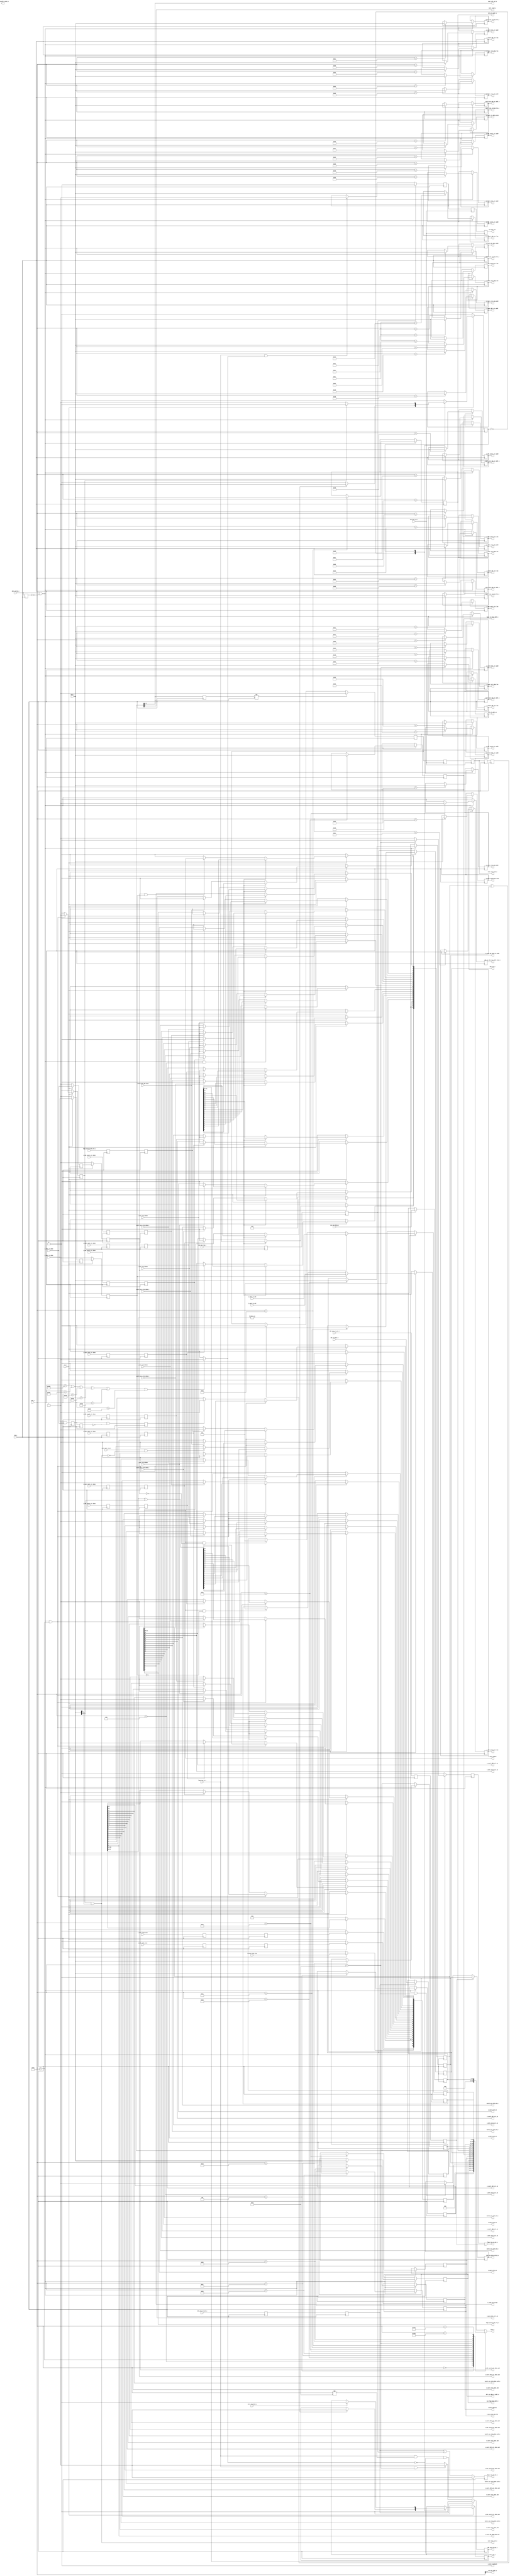
//--------------------------------------------------------------------------------
// Project    : SWITCH
// Version    : 0.1
//
// Description: Global register set
//
//--------------------------------------------------------------------------------

//Register address definition
`define VER                'h00      // Version
`define SCR                'h04      // Scratch pad
`define CTRL               'h08      // Control
//0C reserved
`define STA                'h10      // Status
`define EER_STAT           'h14      // Error Status register
`define UCTR               'h18      // User control register
//1C reserved
`define PIOA               'h20      // PIO address
`define PIOD               'h24      // PIO read/write register
`define PC_DDR_DMA_SYS     'h28      // System to DDR DMA system memory address
`define PC_DDR_DMA_FPGA    'h2C      // System to DDR DMA local DDR address
`define PC_DDR_DMA_LEN     'h30      // System to DDR DMA length (bytes)
`define DDR_PC_DMA_SYS     'h34      // DDR to system DMA system memory address
`define DDR_PC_DMA_FPGA    'h38      // DDR to system DMA local DDR address
`define DDR_PC_DMA_LEN     'h3C      // DDR to system DMA length (bytes)
`define ETH_SEND_DATA_SIZE 'h40      // Ethernet send data size(bytes)
`define ETH_RCV_DATA_SIZE  'h44      // Ethernet receive data size(bytes)
`define ETH_DDR_SRC_ADDR   'h48      // Ethernet send data DDR start address 
`define ETH_DDR_DST_ADDR   'h4C      // Ethernet receive data DDR start address
`define RECONFIG_ADDR      'h50      // Reconfiguration address
//50-5C Reserved
`define PC_USER1_DMA_SYS   'h60      // System to user stream i/f 1 DMA, system memory address
`define PC_USER1_DMA_LEN   'h64      // System to user stream i/f 1 DMA, length (bytes)
`define USER1_PC_DMA_SYS   'h68      // User stream i/f 1 to system DMA, system memory address
`define USER1_PC_DMA_LEN   'h6C      // User stream i/f 1 to system DMA, length (bytes)
`define USER1_DDR_STR_ADDR 'h70      // User ddr stream i/f 1 to DDR, DDR starting address
`define USER1_DDR_STR_LEN  'h74
`define DDR_USER1_STR_ADDR 'h78      // DDR to user ddr stream i/f 1, DDR starting address
`define DDR_USER1_STR_LEN  'h7C      // DDR to user ddr stream i/f 1, length (bytes)
`define PC_USER2_DMA_SYS   'h80
`define PC_USER2_DMA_LEN   'h84
`define USER2_PC_DMA_SYS   'h88
`define USER2_PC_DMA_LEN   'h8C
`define USER2_DDR_STR_ADDR 'h90
`define USER2_DDR_STR_LEN  'h94
`define DDR_USER2_STR_ADDR 'h98
`define DDR_USER2_STR_LEN  'h9C
`define PC_USER3_DMA_SYS   'hA0
`define PC_USER3_DMA_LEN   'hA4
`define USER3_PC_DMA_SYS   'hA8
`define USER3_PC_DMA_LEN   'hAC
`define USER3_DDR_STR_ADDR 'hB0
`define USER3_DDR_STR_LEN  'hB4
`define DDR_USER3_STR_ADDR 'hB8
`define DDR_USER3_STR_LEN  'hBC
`define PC_USER4_DMA_SYS   'hC0
`define PC_USER4_DMA_LEN   'hC4
`define USER4_PC_DMA_SYS   'hC8
`define USER4_PC_DMA_LEN   'hCC
`define USER4_DDR_STR_ADDR 'hD0
`define USER4_DDR_STR_LEN  'hD4
`define DDR_USER4_STR_ADDR 'hD8
`define DDR_USER4_STR_LEN  'hDC
//DC-1FC reserved 
`define ETH_RX_STATISTIC   'h134     // For Performance Monitoring - Ethernet Rx
`define ETH_TX_STATISTIC   'h138     // For Performance Monitoring - Ethernet Tx

`define SMT                'h200     // System monitor temperature
`define SMA                'h204     // System monitor Vccint
`define SMV                'h208     // System monitor VccAux
`define SMP                'h20C     // System monitor Iccint
`define SBV                'h270     // Board 12V supply current
`define SAC                'h274     // Board 12V Voltage

module reg_file(
 input                clk_i,                     // 250Mhz clock from PCIe core
 input                rst_n,                     // Active low reset
 //Rx engine
 input      [9:0]     addr_i,                    // Register address
 input      [31:0]    data_i,                    // Register write data
 input                data_valid_i,              // Register write data valid
 output               fpga_reg_wr_ack_o,         // Register write ack
 input                fpga_reg_rd_i,             // Register read request
 output reg           fpga_reg_rd_ack_o,         // Register read ack
 output reg [31:0]    data_o,                    // Register read data
 //Tx engine
 output reg           ddr_pc_dma_sys_addr_load_o,// Signalling Tx engine that a new is available for DDR to PC DMA system memory address
 output     [31:0]    ddr_sys_dma_wr_addr_o,     // System memory address for DMA operation
 //To user pcie stream controllers
 //PSG-1
 output               o_user_str1_en,            // Enable signal to the system to user stream i/f 1 controller
 input                i_user_str1_done,          // Stream done signal
 output               o_user_str1_done_ack,      // Ack the done signal. Needed since status register is accessed by both PC and FPGA. So should not miss the done.
 output [31:0]        o_user_str1_dma_addr,      // System memory start address for streaming data
 output [31:0]        o_user_str1_dma_len,       // Length of streaming operation (bytes)
 output               user1_sys_strm_en_o,       // Enable signal to the user stream i/f 1 to system controller
 output [31:0]        user1_sys_dma_wr_addr_o,   // System memory address for DMA operation
 output [31:0]        user1_sys_stream_len_o,    // Stream length for DMA
 input                user1_sys_strm_done_i,     // Stream done signal
 output               user1_sys_strm_done_ack_o, // Ack the done due to multiple STAT reg access.
 //PSG-2
 output               o_user_str2_en,
 input                i_user_str2_done,
 output               o_user_str2_done_ack,
 output [31:0]        o_user_str2_dma_addr,
 output [31:0]        o_user_str2_dma_len,
 output               user2_sys_strm_en_o,
 output [31:0]        user2_sys_dma_wr_addr_o,   
 output [31:0]        user2_sys_stream_len_o,
 input                user2_sys_strm_done_i,
 output               user2_sys_strm_done_ack_o,
 //PSG-3
 output               o_user_str3_en,
 input                i_user_str3_done,
 output               o_user_str3_done_ack,
 output [31:0]        o_user_str3_dma_addr,
 output [31:0]        o_user_str3_dma_len,
 output               user3_sys_strm_en_o,
 output [31:0]        user3_sys_dma_wr_addr_o,   
 output [31:0]        user3_sys_stream_len_o,
 input                user3_sys_strm_done_i,
 output               user3_sys_strm_done_ack_o,
 //PSG-4
 output               o_user_str4_en,
 input                i_user_str4_done,
 output               o_user_str4_done_ack,
 output [31:0]        o_user_str4_dma_addr,
 output [31:0]        o_user_str4_dma_len,
 output               user4_sys_strm_en_o,
 output [31:0]        user4_sys_dma_wr_addr_o,   
 output [31:0]        user4_sys_stream_len_o,
 input                user4_sys_strm_done_i,
 output               user4_sys_strm_done_ack_o,
 //To user ddr stream controllers
 //UDSG-1
 output               o_ddr_user1_str_en,        // Enable DDR to user stream 
 input                i_ddr_user1_str_done,      // Stream done signal.  
 output               o_ddr_user1_str_done_ack,  // ack the done signal 
 output [31:0]        o_ddr_user1_str_addr,      // DDR starting address of the stream
 output [31:0]        o_ddr_user1_str_len,       // Stream length
 output               o_user1_ddr_str_en,
 input                i_user1_ddr_str_done,
 output               o_user1_ddr_str_done_ack,
 output [31:0]        o_user1_ddr_str_addr,      // User ddr stream-1 to DDR start address
 output [31:0]        o_user1_ddr_str_len, 
//UDSG-2
 output               o_ddr_user2_str_en,        // Enable DDR to user stream 
 input                i_ddr_user2_str_done,      // Stream done signal. Should add ack??  
 output               o_ddr_user2_str_done_ack,  // ack the done signal 
 output [31:0]        o_ddr_user2_str_addr,      // DDR starting address of the stream
 output [31:0]        o_ddr_user2_str_len,       // Stream length
 output               o_user2_ddr_str_en,
 input                i_user2_ddr_str_done,
 output               o_user2_ddr_str_done_ack,
 output [31:0]        o_user2_ddr_str_addr, // User ddr stream-2 to DDR start address
 output [31:0]        o_user2_ddr_str_len, 
 //UDSG-3
 output               o_ddr_user3_str_en,        // Enable DDR to user stream 
 input                i_ddr_user3_str_done,      // Stream done signal. Should add ack?? 
 output               o_ddr_user3_str_done_ack,  // ack the done signal 
 output [31:0]        o_ddr_user3_str_addr,      // DDR starting address of the stream
 output [31:0]        o_ddr_user3_str_len,       // Stream length
 output               o_user3_ddr_str_en,
 input                i_user3_ddr_str_done,
 output               o_user3_ddr_str_done_ack,
 output [31:0]        o_user3_ddr_str_addr, // User ddr stream-3 to DDR start address
 output [31:0]        o_user3_ddr_str_len, 
 //UDSG-4
 output               o_ddr_user4_str_en,        // Enable DDR to user stream 
 input                i_ddr_user4_str_done,      // Stream done signal. Should add ack?? 
 output               o_ddr_user4_str_done_ack,  // ack the done signal 
 output [31:0]        o_ddr_user4_str_addr,      // DDR starting address of the stream
 output [31:0]        o_ddr_user4_str_len,       // Stream length
 output               o_user4_ddr_str_en,
 input                i_user4_ddr_str_done,
 output               o_user4_ddr_str_done_ack,
 output [31:0]        o_user4_ddr_str_addr, // User ddr stream-4 to DDR start address
 output [31:0]        o_user4_ddr_str_len, 
 //To pcie_ddr controller
 output               o_pcie_ddr_ctrl_en,        // Enable the controller
 input                i_pcie_ddr_dma_done,       // DMA transfer done
 output               o_pcie_ddr_dma_done_ack,   // Ack the done signal
 output      [31:0]   o_pcie_ddr_dma_src_addr,   // System to DDR DMA system start address
 output      [31:0]   o_pcie_ddr_dma_len,        // DMA length (bytes)
 //To memory controller
 output               fpga_system_dma_req_o,     // DMA write request to system memory
 input                fpga_system_dma_ack_i,     // DMA write ack
 output wire [31:0]   sys_fpga_dma_addr_o,       // System to DDR DMA, DDR address
 output wire [31:0]   fpga_sys_dma_addr_o,       // DDR to System DMA, DDR address
 output wire [31:0]   ddr_pio_addr_o,            // PIO operation DDR address
 output      [31:0]   ddr_pio_data_o,            // PIO write data
 output reg           ddr_pio_data_valid_o,      // PIO write data valid
 input                ddr_pio_wr_ack_i,          // PIO write ack
 output reg           ddr_pio_rd_req_o,          // PIO read request
 input                ddr_pio_rd_ack_i,          // PIO read ack
 input  wire [31:0]   ddr_rd_data_i,             // PIO read data
 output      [31:0]   dma_len_o,                 // DDR to system DMA length 
 //interrupt
 output reg           intr_req_o,                // Interrupt request to Tx engine
 input                intr_req_done_i,           // Interrupt done ack from Tx engine
 input                user_intr_req_i,           // User interrupt request
 output               user_intr_ack_o,           // Interrupt ack to user logic
 //Misc
 output               user_reset_o,              // User soft reset
 output               system_soft_reset_o,       // Complete system soft reset
 //link status
 input                i_pcie_link_stat,
 input                i_ddr_link_stat,
 input                i_enet_link_stat,
 //Dynamic clock manager
 output reg           user_clk_swch_o,           // Change the user clock frequency
 output wire [1:0]    user_clk_sel_o,            // User clock frequency selection ; 00 - 250Mhz, 01 - 200MHz, 10 - 150 MHz, 11 - 100 MHz.
 //Multiboot control
 output               o_load_bitstream,          // Load new bitstream from flash
 output      [31:0]   o_boot_address,            // Address for the next bitstream in flash
 //system monitor
 input                sys_mon_clk_i,             // System monitor clock. Clock sync. is done in this module
 output         [6:0] sys_mon_addr_o,            // System monitor address
 output reg           sys_mon_en_o,              // System monitor enable
 input        [15:0]  sys_mon_data_i,            // Data from system monitor
 input                sys_mon_rdy_i,             // System monitor data valid
 //enet
 output               o_enet_enable,             // Ethernet controller enable
 output               o_enet_loopback,
 output       [31:0]  o_enet_send_data_size,     // Length to data to be sent from DDR
 output       [31:0]  o_enet_rcv_data_size,      // Length to data to be written into DDR
 output       [31:0]  o_enet_ddr_src_addr,       // DDR source address for send data
 output       [31:0]  o_enet_ddr_dest_addr,      // DDR destination address for receive data
 input        [31:0]  i_enet_rx_cnt,
 input        [31:0]  i_enet_tx_cnt,
 input                i_enet_rx_done,
 input                i_enet_tx_done
 
 );
 
 parameter  VER = 32'h00000005;                   // Present Version Number. 16 bit major version and 16 bit minor version

 //Interrupt state machine state variables.
 localparam INTR_IDLE =  'd0,
            WAIT_ACK  =  'd1;

//The global register set in the address of address
reg [31:0] SCR_PAD;                              
reg [31:0] CTRL_REG;
reg [31:0] STAT_REG;
reg [31:0] USR_CTRL_REG;
reg [31:0] PIO_ADDR;
reg [31:0] PIO_RD_DATA;
reg [31:0] PIO_WR_DATA;
reg [31:0] PC_DDR_DMA_SYS;
reg [31:0] PC_DDR_DMA_FPGA;
reg [31:0] PC_DDR_DMA_LEN;
reg [31:0] DDR_PC_DMA_SYS;
reg [31:0] DDR_PC_DMA_FPGA;
reg [31:0] DDR_PC_DMA_LEN;
reg [31:0] ETH_SEND_DATA_SIZE;
reg [31:0] ETH_RCV_DATA_SIZE; 
reg [31:0] ETH_DDR_SRC_ADDR; 
reg [31:0] ETH_DDR_DST_ADDR;  
reg [31:0] RECONFIG_ADDR;
reg [31:0] PC_USER1_DMA_SYS;
reg [31:0] PC_USER1_DMA_LEN;
reg [31:0] USER1_PC_DMA_SYS;
reg [31:0] USER1_PC_DMA_LEN;
reg [31:0] USER1_DDR_STR_ADDR;
reg [31:0] USER1_DDR_STR_LEN;
reg [31:0] DDR_USER1_STR_ADDR;
reg [31:0] DDR_USER1_STR_LEN;
reg [31:0] PC_USER2_DMA_SYS;
reg [31:0] PC_USER2_DMA_LEN;
reg [31:0] USER2_PC_DMA_SYS;
reg [31:0] USER2_PC_DMA_LEN;
reg [31:0] DDR_USER2_STR_ADDR;
reg [31:0] DDR_USER2_STR_LEN;
reg [31:0] USER2_DDR_STR_ADDR;
reg [31:0] USER2_DDR_STR_LEN;
reg [31:0] PC_USER3_DMA_SYS;
reg [31:0] PC_USER3_DMA_LEN;
reg [31:0] USER3_PC_DMA_SYS;
reg [31:0] USER3_PC_DMA_LEN;
reg [31:0] DDR_USER3_STR_ADDR;
reg [31:0] DDR_USER3_STR_LEN;
reg [31:0] USER3_DDR_STR_ADDR;
reg [31:0] USER3_DDR_STR_LEN;
reg [31:0] PC_USER4_DMA_SYS;
reg [31:0] PC_USER4_DMA_LEN;
reg [31:0] USER4_PC_DMA_SYS;
reg [31:0] USER4_PC_DMA_LEN;
reg [31:0] DDR_USER4_STR_ADDR;
reg [31:0] DDR_USER4_STR_LEN;
reg [31:0] USER4_DDR_STR_ADDR;
reg [31:0] USER4_DDR_STR_LEN;
reg [15:0] SYS_MON_DATA;
reg [31:0] ETH_RX_TIMER;  
reg [31:0] ETH_TX_TIMER;  

//local registers
reg        ddr_rd_ack;
reg        ddr_rd_ack_p;
reg        fpga_reg_wr_ack;
reg        ddr_pio_wr_ack;
reg        ddr_pio_wr_ack_p;
reg        system_dma_ack;
reg        system_dma_ack_p;
reg        clr_sys_ddr_dma_req;
reg        sys_ddr_dma_last_flag;
reg        sys_mon_rd_ack;
reg        sys_mon_rd_ack_p;
reg        sys_mon_en;
reg        sys_mon_en_p;
reg        intr_state;
reg        processor_clr_intr;
reg        ddr_user1_str_done;
reg        ddr_user1_str_done_p;
reg        user1_dma_done;
reg        user1_dma_done_f;
reg        ddr_user2_str_done;
reg        ddr_user2_str_done_p;
reg        user2_dma_done;
reg        user2_dma_done_f;
reg        ddr_user3_str_done;
reg        ddr_user3_str_done_p;
reg        user3_dma_done;
reg        user3_dma_done_f;
reg        ddr_user4_str_done;
reg        ddr_user4_str_done_p;
reg        user4_dma_done;
reg        user4_dma_done_f;

reg        enet_rx_done_sync_d1;
reg        enet_rx_done_sync;
reg        enet_tx_done_sync_d1;
reg        enet_tx_done_sync;

reg  [1:0] prev_user_clk; 
reg        user_swtch_clk_p;
reg        user_swtch_clk;
reg        user_clk_swtch_done;
reg        user_clk_swch_p;
wire       intr_pending;
reg        enet_done;
reg        enet_done_p;
reg        enet_intr;

reg        enet_link_stat;
reg        enet_link_stat_p;
reg        ddr_link_stat;
reg        ddr_link_stat_p;
reg        data_valid_p;
wire       sys_mon_access;
wire       data_valid_r;

assign  sys_mon_access            = ((addr_i== `SMT)|(addr_i== `SMA)|(addr_i== `SMV)|(addr_i== `SMP)|(addr_i== `SBV)|(addr_i== `SAC)) ? 1'b1 : 1'b0;

assign  ddr_sys_dma_wr_addr_o     = DDR_PC_DMA_SYS;

assign  o_pcie_ddr_ctrl_en        = CTRL_REG[0];
assign  o_pcie_ddr_dma_done_ack   = STAT_REG[0];
assign  o_pcie_ddr_dma_src_addr   = PC_DDR_DMA_SYS;
assign  o_pcie_ddr_dma_len        = PC_DDR_DMA_LEN;

assign  fpga_system_dma_req_o     = CTRL_REG[1];
assign  sys_fpga_dma_addr_o       = PC_DDR_DMA_FPGA;
assign  fpga_sys_dma_addr_o       = DDR_PC_DMA_FPGA;
assign  ddr_pio_addr_o            = PIO_ADDR;
assign  ddr_pio_data_o            = PIO_WR_DATA;
assign  dma_len_o                 = DDR_PC_DMA_LEN;

assign  o_enet_enable             = CTRL_REG[2];
assign  o_load_bitstream          = CTRL_REG[3];
assign  o_enet_loopback           = 1'b0;
assign  o_user_str1_en            = CTRL_REG[4];
assign  o_user_str1_done_ack      = STAT_REG[4];
assign  o_user_str1_dma_addr      = PC_USER1_DMA_SYS;
assign  o_user_str1_dma_len       = PC_USER1_DMA_LEN;
assign  user1_sys_strm_en_o       = CTRL_REG[5];
assign  user1_sys_strm_done_ack_o = STAT_REG[5];
assign  user1_sys_dma_wr_addr_o   = USER1_PC_DMA_SYS;
assign  user1_sys_stream_len_o    = USER1_PC_DMA_LEN;
assign  o_ddr_user1_str_en        = CTRL_REG[6];
assign  o_ddr_user1_str_done_ack  = STAT_REG[6];
assign  o_ddr_user1_str_addr      = DDR_USER1_STR_ADDR;
assign  o_ddr_user1_str_len       = DDR_USER1_STR_LEN;
assign  o_user1_ddr_str_en        = CTRL_REG[7];
assign  o_user1_ddr_str_done_ack  = STAT_REG[7];
assign  o_user1_ddr_str_len       = USER1_DDR_STR_LEN;
assign  o_user1_ddr_str_addr      = USER1_DDR_STR_ADDR;

assign  o_user_str2_en            = CTRL_REG[8];
assign  o_user_str2_done_ack      = STAT_REG[8];
assign  o_user_str2_dma_addr      = PC_USER2_DMA_SYS;
assign  o_user_str2_dma_len       = PC_USER2_DMA_LEN;
assign  user2_sys_strm_en_o       = CTRL_REG[9];
assign  user2_sys_strm_done_ack_o = STAT_REG[9];
assign  user2_sys_dma_wr_addr_o   = USER2_PC_DMA_SYS;
assign  user2_sys_stream_len_o    = USER2_PC_DMA_LEN;
assign  o_ddr_user2_str_en        = CTRL_REG[10];
assign  o_ddr_user2_str_done_ack  = STAT_REG[10];
assign  o_ddr_user2_str_addr      = DDR_USER2_STR_ADDR;
assign  o_ddr_user2_str_len       = DDR_USER2_STR_LEN;
assign  o_user2_ddr_str_en        = CTRL_REG[11];
assign  o_user2_ddr_str_done_ack  = STAT_REG[11];
assign  o_user2_ddr_str_len       = USER2_DDR_STR_LEN;
assign  o_user2_ddr_str_addr      = USER2_DDR_STR_ADDR;

assign  o_user_str3_en            = CTRL_REG[12];
assign  o_user_str3_done_ack      = STAT_REG[12];
assign  o_user_str3_dma_addr      = PC_USER3_DMA_SYS;
assign  o_user_str3_dma_len       = PC_USER3_DMA_LEN;
assign  user3_sys_strm_en_o       = CTRL_REG[13];
assign  user3_sys_strm_done_ack_o = STAT_REG[13];
assign  user3_sys_dma_wr_addr_o   = USER3_PC_DMA_SYS;
assign  user3_sys_stream_len_o    = USER3_PC_DMA_LEN;
assign  o_ddr_user3_str_en        = CTRL_REG[14];
assign  o_ddr_user3_str_done_ack  = STAT_REG[14];
assign  o_ddr_user3_str_addr      = DDR_USER3_STR_ADDR;
assign  o_ddr_user3_str_len       = DDR_USER3_STR_LEN;
assign  o_user3_ddr_str_en        = CTRL_REG[15];
assign  o_user3_ddr_str_done_ack  = STAT_REG[15];
assign  o_user3_ddr_str_len       = USER3_DDR_STR_LEN;
assign  o_user3_ddr_str_addr      = USER3_DDR_STR_ADDR;

assign  o_user_str4_en            = CTRL_REG[16];
assign  o_user_str4_done_ack      = STAT_REG[16];
assign  o_user_str4_dma_addr      = PC_USER4_DMA_SYS;
assign  o_user_str4_dma_len       = PC_USER4_DMA_LEN;
assign  user4_sys_strm_en_o       = CTRL_REG[17];
assign  user4_sys_strm_done_ack_o = STAT_REG[17];
assign  user4_sys_dma_wr_addr_o   = USER4_PC_DMA_SYS;
assign  user4_sys_stream_len_o    = USER4_PC_DMA_LEN;
assign  o_ddr_user4_str_en        = CTRL_REG[18];
assign  o_ddr_user4_str_done_ack  = STAT_REG[18];
assign  o_ddr_user4_str_addr      = DDR_USER4_STR_ADDR;
assign  o_ddr_user4_str_len       = DDR_USER4_STR_LEN;
assign  o_user4_ddr_str_en        = CTRL_REG[19];
assign  o_user4_ddr_str_done_ack  = STAT_REG[19];
assign  o_user4_ddr_str_len       = USER4_DDR_STR_LEN;
assign  o_user4_ddr_str_addr      = USER4_DDR_STR_ADDR;

assign  user_reset_o             = USR_CTRL_REG[0];
assign  user_clk_sel_o           = USR_CTRL_REG[2:1];

assign  o_enet_send_data_size    = ETH_SEND_DATA_SIZE;
assign  o_enet_rcv_data_size     = ETH_RCV_DATA_SIZE;
assign  o_enet_ddr_src_addr      = ETH_DDR_SRC_ADDR;
assign  o_enet_ddr_dest_addr     = ETH_DDR_DST_ADDR;

assign  o_boot_address           = RECONFIG_ADDR;

assign  fpga_reg_wr_ack_o        = fpga_reg_wr_ack|ddr_pio_wr_ack_p;
assign  sys_mon_addr_o           = addr_i[8:2];
assign  user_intr_ack_o          = processor_clr_intr & data_i[3];

assign  intr_pending             = |STAT_REG[19:0];

assign  data_valid_r             = data_valid_i & ~data_valid_p;


//Clock synchronizers for signals from DDR clock domain (200Mhz)
always @(posedge clk_i)
begin
    ddr_rd_ack           <=   ddr_pio_rd_ack_i;
    ddr_rd_ack_p         <=   ddr_rd_ack;
    system_dma_ack       <=   fpga_system_dma_ack_i;
    system_dma_ack_p     <=   system_dma_ack;
    ddr_pio_wr_ack       <=   ddr_pio_wr_ack_i;
    ddr_pio_wr_ack_p     <=   ddr_pio_wr_ack;
    sys_mon_rd_ack       <=   sys_mon_rdy_i;
    sys_mon_rd_ack_p     <=   sys_mon_rd_ack;
    ddr_user1_str_done   <=   i_ddr_user1_str_done;
    ddr_user1_str_done_p <=   ddr_user1_str_done;
    user1_dma_done       <=   i_user1_ddr_str_done;
    user1_dma_done_f     <=   user1_dma_done;
    ddr_user2_str_done   <=   i_ddr_user2_str_done;
    ddr_user2_str_done_p <=   ddr_user2_str_done; 
    user2_dma_done       <=   i_user2_ddr_str_done;
    user2_dma_done_f     <=   user2_dma_done;
    ddr_user3_str_done   <=   i_ddr_user3_str_done;
    ddr_user3_str_done_p <=   ddr_user3_str_done; 
    user3_dma_done       <=   i_user3_ddr_str_done;
    user3_dma_done_f     <=   user3_dma_done;	 
    ddr_user4_str_done   <=   i_ddr_user4_str_done;
    ddr_user4_str_done_p <=   ddr_user4_str_done; 
    user4_dma_done       <=   i_user4_ddr_str_done;
    user4_dma_done_f     <=   user4_dma_done;
    enet_done_p          <=   enet_done;
    enet_done            <=   i_enet_tx_done && i_enet_rx_done;
    enet_intr            <=   enet_done & ~enet_done_p;
    enet_link_stat       <=   i_enet_link_stat;
    enet_link_stat_p     <=   enet_link_stat;
    ddr_link_stat        <=   i_ddr_link_stat;
    ddr_link_stat_p      <=   ddr_link_stat;
	 data_valid_p         <=   data_valid_i;
end

//Clock synchronization for system monitor enable (50 MHz)
always @(posedge sys_mon_clk_i)
begin
    sys_mon_en_p <= sys_mon_en;
    sys_mon_en_o <= sys_mon_en_p;
end

// Read register data based on address. Registers for user stream interface are kept as write only so that
// when unused those are automatically optimised by the tool
always @(*)
begin
    case(addr_i)
        `VER:begin
            data_o  <=    VER;
        end
        `SCR:begin
            data_o  <=    SCR_PAD;
        end
        `CTRL:begin
            data_o  <=    CTRL_REG;
        end  
        `STA:begin
            data_o  <=    STAT_REG;
        end
        `PC_DDR_DMA_SYS:begin
            data_o  <=    PC_DDR_DMA_SYS;
         end
        `PC_DDR_DMA_FPGA:begin
            data_o  <=    PC_DDR_DMA_FPGA;
        end
        `PC_DDR_DMA_LEN:begin
            data_o  <=    PC_DDR_DMA_LEN; 
        end
        `DDR_PC_DMA_SYS:begin
            data_o  <=    DDR_PC_DMA_SYS;
        end
        `DDR_PC_DMA_FPGA:begin
            data_o  <=    DDR_PC_DMA_FPGA;
        end  
        `DDR_PC_DMA_LEN:begin
            data_o  <=    DDR_PC_DMA_LEN;
        end
        `PIOA:begin
            data_o  <=    PIO_ADDR; 
        end
        `PIOD:begin
            data_o  <=    PIO_RD_DATA;
        end
        `UCTR:begin
            data_o  <=    USR_CTRL_REG;
        end 
        `RECONFIG_ADDR:begin
            data_o   <=    RECONFIG_ADDR;
        end  
        `ETH_RX_STATISTIC: begin   
            data_o  <=    ETH_RX_TIMER;
        end
        `ETH_TX_STATISTIC: begin
            data_o  <=    ETH_TX_TIMER;
        end
        default:begin
            data_o  <=    SYS_MON_DATA;
        end
    endcase
end

// Write to global registers based on address and data valid and ack
always @(posedge clk_i)
begin
    fpga_reg_wr_ack              <=   1'b0;
    ddr_pc_dma_sys_addr_load_o   <=   1'b0;
    if(data_valid_r)
    begin
        fpga_reg_wr_ack   <=   1'b1;
        case(addr_i)
            `SCR:begin
                SCR_PAD  <=   data_i;
            end
            `UCTR:begin
                USR_CTRL_REG      <=   data_i;
            end
            `PIOA:begin
                PIO_ADDR          <=   data_i;
            end
            `PIOD:begin
                PIO_WR_DATA       <=   data_i;
                fpga_reg_wr_ack   <=   1'b0;
            end
                `PC_DDR_DMA_SYS:begin
                PC_DDR_DMA_SYS    <=  data_i;
            end
            `PC_DDR_DMA_FPGA:begin
                PC_DDR_DMA_FPGA   <=   data_i;
            end
            `PC_DDR_DMA_LEN:begin
                PC_DDR_DMA_LEN    <=   data_i;
            end
            `DDR_PC_DMA_SYS:begin
                DDR_PC_DMA_SYS     <= data_i;
                ddr_pc_dma_sys_addr_load_o  <=   1'b1;
            end
            `DDR_PC_DMA_FPGA:begin
                DDR_PC_DMA_FPGA <= data_i;
            end
            `DDR_PC_DMA_LEN:begin
                DDR_PC_DMA_LEN <= data_i;
            end
            `ETH_SEND_DATA_SIZE:begin
                ETH_SEND_DATA_SIZE  <=  data_i;
            end
            `ETH_RCV_DATA_SIZE:begin
                ETH_RCV_DATA_SIZE  <=  data_i;
            end  
            `ETH_DDR_SRC_ADDR:begin
                ETH_DDR_SRC_ADDR   <=  data_i;
            end
            `ETH_DDR_DST_ADDR:begin
                ETH_DDR_DST_ADDR   <=  data_i;
            end
            `RECONFIG_ADDR:begin
                RECONFIG_ADDR   <=    data_i;
            end
            `PC_USER1_DMA_SYS:begin
                PC_USER1_DMA_SYS   <=   data_i;
            end
            `PC_USER1_DMA_LEN:begin
                PC_USER1_DMA_LEN  <=   data_i;
            end
            `USER1_PC_DMA_SYS:begin
                USER1_PC_DMA_SYS  <= data_i;
            end
            `USER1_PC_DMA_LEN:begin
                USER1_PC_DMA_LEN  <= data_i;
            end
            `USER1_DDR_STR_ADDR:begin
                USER1_DDR_STR_ADDR <=  data_i;
            end
            `USER1_DDR_STR_LEN:begin
                USER1_DDR_STR_LEN <=  data_i;
            end
            `DDR_USER1_STR_ADDR:begin
                DDR_USER1_STR_ADDR <= data_i;
            end
            `DDR_USER1_STR_LEN:begin
                DDR_USER1_STR_LEN <= data_i; 
            end
            `PC_USER2_DMA_SYS:begin
                PC_USER2_DMA_SYS   <=   data_i;
            end
            `PC_USER2_DMA_LEN:begin
                PC_USER2_DMA_LEN  <=   data_i;
            end
            `USER2_PC_DMA_SYS:begin
                USER2_PC_DMA_SYS  <= data_i;
            end  
            `USER2_PC_DMA_LEN:begin
                USER2_PC_DMA_LEN  <= data_i;
            end
            `USER2_DDR_STR_ADDR:begin
                USER2_DDR_STR_ADDR <=  data_i;
            end
            `USER2_DDR_STR_LEN:begin
                USER2_DDR_STR_LEN <=  data_i;
            end
            `DDR_USER2_STR_ADDR:begin
                DDR_USER2_STR_ADDR <= data_i; 
            end  
            `DDR_USER2_STR_LEN:begin
                DDR_USER2_STR_LEN <= data_i;
            end
            `PC_USER3_DMA_SYS:begin
                PC_USER3_DMA_SYS   <=   data_i;
            end
            `PC_USER3_DMA_LEN:begin
                PC_USER3_DMA_LEN  <=   data_i;
            end
            `USER3_PC_DMA_SYS:begin
                USER3_PC_DMA_SYS  <= data_i;
            end  
            `USER3_PC_DMA_LEN:begin
                USER3_PC_DMA_LEN  <= data_i;
            end
            `USER3_DDR_STR_ADDR:begin
                USER3_DDR_STR_ADDR <=  data_i;
            end
            `USER3_DDR_STR_LEN:begin
                USER3_DDR_STR_LEN <=  data_i;
            end
            `DDR_USER3_STR_ADDR:begin
                DDR_USER3_STR_ADDR <= data_i; 
            end 
            `DDR_USER3_STR_LEN:begin
                DDR_USER3_STR_LEN <= data_i; 
            end
            `PC_USER4_DMA_SYS:begin
                PC_USER4_DMA_SYS   <=   data_i;
            end
            `PC_USER4_DMA_LEN:begin
                PC_USER4_DMA_LEN  <=   data_i;
            end
            `USER4_PC_DMA_SYS:begin
                USER4_PC_DMA_SYS  <= data_i;
            end  
            `USER4_PC_DMA_LEN:begin
                USER4_PC_DMA_LEN  <= data_i;
            end
            `USER4_DDR_STR_ADDR:begin
                USER4_DDR_STR_ADDR <=  data_i;
            end	
            `USER4_DDR_STR_LEN:begin
                USER4_DDR_STR_LEN <=  data_i;
            end
            `DDR_USER4_STR_ADDR:begin
                DDR_USER4_STR_ADDR <= data_i;
            end
            `DDR_USER4_STR_LEN:begin
                DDR_USER4_STR_LEN <= data_i; 
            end
            default:begin
                fpga_reg_wr_ack   <=   1'b1;				
            end				
        endcase
    end
end

//If the read register is not PIO register, ack immediately, else wait until data arrives from DDR
//Address bit 9 is to partiall decode the System monitor address. Be careful when modify the address
//due to this
always @(posedge clk_i)
begin
    if(fpga_reg_rd_i & (addr_i != `PIOD) & ~sys_mon_access)
        fpga_reg_rd_ack_o    <=   1'b1;
    else 
        fpga_reg_rd_ack_o    <=   ddr_rd_ack_p|sys_mon_rd_ack_p;
end

//Request the memory controller for DDR PIO data
always @(posedge clk_i)
begin
    if(ddr_rd_ack_p)
        ddr_pio_rd_req_o    <=   1'b0;
    else if((fpga_reg_rd_i & addr_i == `PIOD))
    begin
        ddr_pio_rd_req_o    <=   1'b1;
    end
end

//Latch the PIO data read from DDR
always @(posedge clk_i)
begin
    if(ddr_rd_ack_p)
	begin
       PIO_RD_DATA    <=    ddr_rd_data_i;
	end   
end


//Request the memory controller for DDR PIO data
always @(posedge clk_i)
begin
    if(sys_mon_rd_ack_p)
        sys_mon_en    <=   1'b0;
    else if((fpga_reg_rd_i & sys_mon_access) )
    begin
        sys_mon_en    <=   1'b1;
    end
end

always @(posedge clk_i)
begin
    if(sys_mon_rd_ack_p)
        SYS_MON_DATA <= sys_mon_data_i;
end


//Indicate the memory controller when PIO data is received
always @(posedge clk_i)
begin
    if(ddr_pio_wr_ack_p)
        ddr_pio_data_valid_o <=  1'b0;
    else if(data_valid_r & (addr_i == `PIOD))
        ddr_pio_data_valid_o <=  1'b1;
end


//control register updates
always @(posedge clk_i)
begin
    if(!rst_n)
        CTRL_REG    <=    32'd0;
    else
    begin
        if(data_valid_r & (addr_i == `CTRL))
        begin
            CTRL_REG    <=    CTRL_REG|data_i;   //Internall ored to keep the previously set bits
        end
        else
        begin
            if(i_pcie_ddr_dma_done)              
                CTRL_REG[0] <=    1'b0;
            if(system_dma_ack_p) 
                CTRL_REG[1] <=    1'b0;
            if (!(enet_rx_done_sync && enet_tx_done_sync))   //for enet
                    CTRL_REG[2] <=    1'b0;            
            if(i_user_str1_done)
                CTRL_REG[4] <=    1'b0; 
            if(user1_sys_strm_done_i) 
                CTRL_REG[5] <=    1'b0; 
            if(ddr_user1_str_done_p)
                CTRL_REG[6] <=    1'b0; 
            if(user1_dma_done_f)
                CTRL_REG[7] <=    1'b0; 
            if(i_user_str2_done)
                CTRL_REG[8] <=    1'b0; 
            if(user2_sys_strm_done_i) 
                CTRL_REG[9] <=    1'b0; 
            if(ddr_user2_str_done_p)
                CTRL_REG[10] <=    1'b0; 
            if(user2_dma_done_f)
                CTRL_REG[11] <=    1'b0; 
            if(i_user_str3_done)
                CTRL_REG[12] <=    1'b0; 
            if(user3_sys_strm_done_i) 
                CTRL_REG[13] <=    1'b0;
            if(ddr_user3_str_done_p)
                CTRL_REG[14] <=    1'b0; 
            if(user3_dma_done_f)
                CTRL_REG[15] <=    1'b0; 
            if(i_user_str4_done)
                CTRL_REG[16] <=    1'b0; 
            if(user4_sys_strm_done_i) 
                CTRL_REG[17] <=    1'b0; 
            if(ddr_user4_str_done_p)
                CTRL_REG[18] <=    1'b0; 
            if(user4_dma_done_f)
                CTRL_REG[19] <=    1'b0; 
        end 
    end
end


//status register updates
always @(posedge clk_i)
begin
    if(!rst_n)
    begin
        STAT_REG             <= 0;
        processor_clr_intr   <= 1'b0;
    end
    else
    begin
        processor_clr_intr   <= 1'b0;
        STAT_REG[31]         <= enet_link_stat_p;
        STAT_REG[30]         <= ddr_link_stat_p;
        STAT_REG[29]         <= i_pcie_link_stat;
        if(data_valid_r & (addr_i == `STA))
        begin
            STAT_REG[19:0]     <=   STAT_REG[19:0]^data_i[19:0];
            processor_clr_intr <=   1'b1;
        end
        else
        begin
            if(i_pcie_ddr_dma_done) 
                STAT_REG[0] <=    1'b1;  //indicates system to fpga dma is complete	
            if(system_dma_ack_p)
                STAT_REG[1] <=    1'b1;
            if(enet_intr)        //for enet
                STAT_REG[2] <=    1'b1;
            if(user_intr_req_i & ~user_intr_ack_o)
                STAT_REG[3] <=    1'b1;
            if(i_user_str1_done)
                STAT_REG[4] <=    1'b1; 
            if(user1_sys_strm_done_i) 
                 STAT_REG[5] <=    1'b1; 
            if(ddr_user1_str_done_p)
                STAT_REG[6] <=    1'b1;
            if(user1_dma_done_f)
                STAT_REG[7] <=    1'b1; 
            if(i_user_str2_done)
                STAT_REG[8] <=    1'b1; 
            if(user2_sys_strm_done_i) 
                STAT_REG[9] <=    1'b1; 
            if(ddr_user2_str_done_p)
                STAT_REG[10] <=    1'b1; 
            if(user2_dma_done_f)
                STAT_REG[11] <=    1'b1;
            if(i_user_str3_done)
                STAT_REG[12] <=    1'b1; 
            if(user3_sys_strm_done_i)
                 STAT_REG[13] <=    1'b1; 
            if(ddr_user3_str_done_p)
                STAT_REG[14] <=    1'b1; 
            if(user3_dma_done_f)
                STAT_REG[15] <=    1'b1;
            if(i_user_str4_done)
                STAT_REG[16] <=    1'b1; 
            if(user4_sys_strm_done_i) 
                STAT_REG[17] <=    1'b1; 
            if(ddr_user4_str_done_p)
                STAT_REG[18] <=    1'b1;
            if(user4_dma_done_f)
                STAT_REG[19] <=    1'b1;  
        end 
    end
end


//Interrupt control state machine. This is to make sure that the host PC doesn't miss any interrupt signal
//Once an interrupt is issued, the state machine waits until the host write into the status register indicating
//that it has received the interrupt.
always @(posedge clk_i)
begin
    if(!rst_n)
	 begin
	     intr_state  <=  INTR_IDLE;
		  intr_req_o  <=  1'b0;
	 end
	 else
	 begin
	     case(intr_state)
		      INTR_IDLE:begin
				    if(intr_pending)
					 begin
					     intr_req_o   <=   1'b1;
						  intr_state   <=  WAIT_ACK;
					 end
				end
				WAIT_ACK:begin
				    if(intr_req_done_i)
					     intr_req_o   <=   1'b0;
					 if(processor_clr_intr)
                   intr_state    <=    INTR_IDLE;					 
				end
		  endcase
	 end
end

// Clock Sync for Ethernet Done Signals 
always @(posedge clk_i)
begin   
    if(!rst_n)
    begin   
        enet_rx_done_sync_d1 <= 1'b1;
        enet_tx_done_sync_d1 <= 1'b1;
        enet_rx_done_sync    <= 1'b1;
        enet_tx_done_sync    <= 1'b1;
    end
    else begin  
        enet_rx_done_sync_d1 <= i_enet_rx_done;
        enet_rx_done_sync    <= enet_rx_done_sync_d1;
        enet_tx_done_sync_d1 <= i_enet_tx_done;
        enet_tx_done_sync    <= enet_tx_done_sync_d1;
    end
end


always @(posedge clk_i)
begin   
    if(!rst_n)
    begin   
        ETH_RX_TIMER <= 32'd0;    
        ETH_TX_TIMER <= 32'd0;
    end
    else begin
        if (CTRL_REG[2] && (~enet_rx_done_sync))
            ETH_RX_TIMER <= 32'd0; // Reset at start of a Test
        if (CTRL_REG[2] && (~enet_tx_done_sync))
            ETH_TX_TIMER <= 32'd0; // Reset at start of a Test
        if (enet_rx_done_sync)
            ETH_RX_TIMER <= i_enet_rx_cnt;
        if (enet_tx_done_sync)
            ETH_TX_TIMER <= i_enet_tx_cnt;
    end
end

always @(posedge clk_i)
begin
    if(prev_user_clk != USR_CTRL_REG[2:1])
	     user_swtch_clk  <=  1'b1;
	 else if(user_clk_swtch_done)
	     user_swtch_clk  <=  1'b0;
		  
	prev_user_clk   <=  USR_CTRL_REG[2:1];
	
	user_clk_swch_p <=  user_clk_swch_o;
	user_clk_swtch_done <=  user_clk_swch_p;
end

always @(posedge sys_mon_clk_i)
begin
    user_swtch_clk_p  <=  user_swtch_clk;
    user_clk_swch_o   <=  user_swtch_clk_p;
end

endmodule